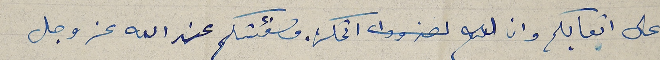
على اتعابكم وان لم  اتمكن. مكافئتكم عند الله عز وجل